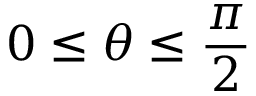
0 \leq \theta \leq \frac { \pi } { 2 }